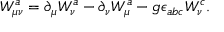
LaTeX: W _ { \mu \nu } ^ { a } = \partial _ { \mu } W _ { \nu } ^ { a } - \partial _ { \nu } W _ { \mu } ^ { a } - g \epsilon _ { a b c } W _ { \nu } ^ { c } .